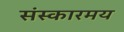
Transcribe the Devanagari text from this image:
संस्कारमय